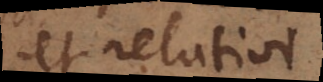
et relativi